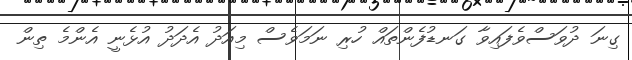
ގިނަ ދުވަސްވެފައިވާ ގަނޑުފެންތައް ހުރި ނަމަވެސް މިއަދު އެދަދު އުޅެނީ އެންމެ ތިން